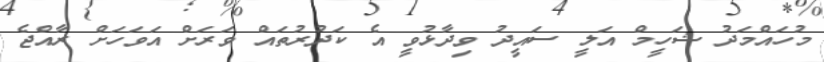
މުހައްމަދު ޝަހީމް އަލީ ސައީދު ވިދާޅުވީ އެ ކަދުރުތައް ވަރަށް އަވަހަށް ރާއްޖެ